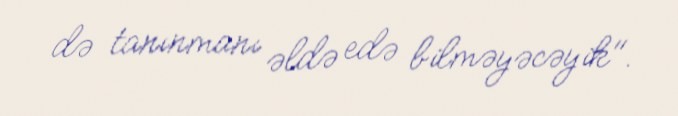
də tanınmanı əldə edə bilməyəcəyik".